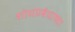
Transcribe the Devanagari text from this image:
शोधप्रबंधाच्या